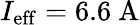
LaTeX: I_{\mathrm{eff}}=6.6\textrm{~A}